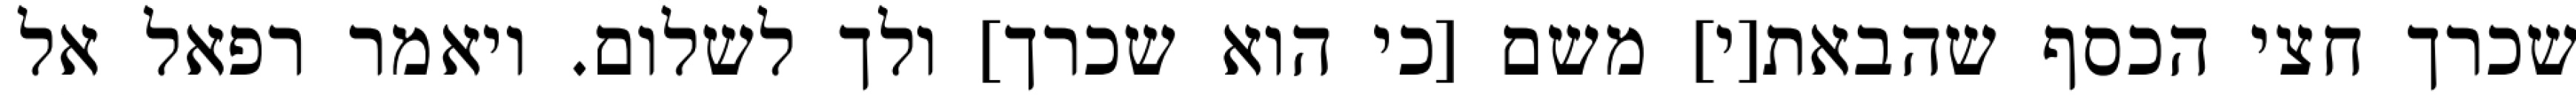
שכרך חצי הכסף שהבאת[י] משם [כי הוא שכרך] ולך לשלום. ויאמר רפאל אל